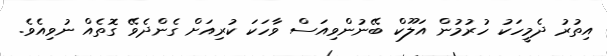
އިތުރު ދެމީހަކު ހުރުމުން އަލޫކް ބޭނުންވިއަސް ވާހަކަ ކުރިއަށް ގެންދެވޭ ގޮތެއް ނުވިއެވެ.